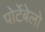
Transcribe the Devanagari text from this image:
पोर्टेबेलो